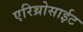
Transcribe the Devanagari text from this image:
एरिथ्रोसाईट